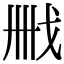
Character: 𢦫